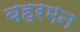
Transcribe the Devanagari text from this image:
बहरमन